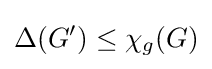
\Delta (G')\leq \chi _{g}(G)